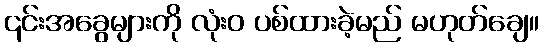
၎င်းအခွေများကို လုံးဝ ပစ်ထားခဲ့မည် မဟုတ်ချေ။